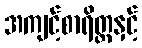
အကျင့်စာရိတ္တနှင့်